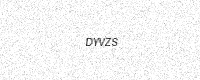
Text: DYVZS